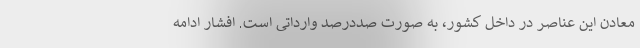
معادن این عناصر در داخل کشور، به صورت صددرصد وارداتی است. افشار ادامه